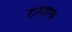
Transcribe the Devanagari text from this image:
राम्शाव